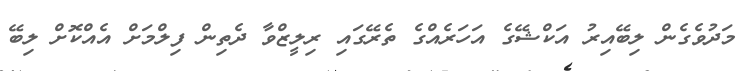
މަދުވެގެން ލިބޭއިރު އަކްޝޭގެ އަހަރެއްގެ ތެރޭގައި ރިލީޒްވާ ދެތިން ފިލްމަށް އެއްކޮށް ލިބޭ